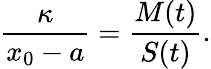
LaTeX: \frac{\kappa}{x_{0}-a}=\frac{M(t)}{S(t)}.